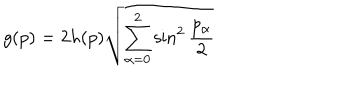
g ( p ) = 2 h ( p ) \sqrt { { \sum _ { \alpha = 0 } ^ { 2 } \sin ^ { 2 } { \frac { p _ { \alpha } } { 2 } } } }